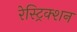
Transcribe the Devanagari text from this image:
रेस्ट्रिक्शन